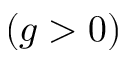
( g > 0 )